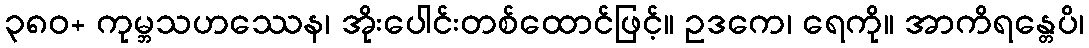
၃၈၀+ ကုမ္ဘသဟဿေန၊ အိုးပေါင်းတစ်ထောင်ဖြင့်။ ဥဒကေ၊ ရေကို။ အာကိရန္တေပိ၊